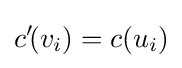
c'\!(v_{i})=c(u_{i})